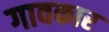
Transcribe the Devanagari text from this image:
गावकार